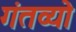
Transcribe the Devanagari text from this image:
गंतव्यो